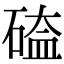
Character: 𥔐